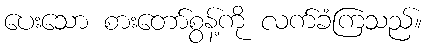
ပေးသော စားတော်စွန့်ကို လက်ခံကြသည်။